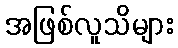
အဖြစ်လူသိများ